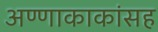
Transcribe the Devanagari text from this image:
अण्णाकाकांसह